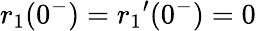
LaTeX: r_{1}(0^{-})={r_{1}}^{\prime}(0^{-})=0